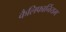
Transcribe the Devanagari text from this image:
कैलिफार्नियम